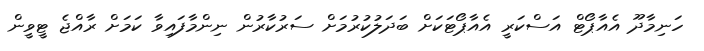
ހަނިމާދޫ އެއާޕޯޓް އަސްކަރީ އެއާޕޯޓަކަށް ބަދަލުކުރުމަށް ސަރުކާރުން ނިންމާފައިވާ ކަމަށް ރާއްޖެ ޓީވީން